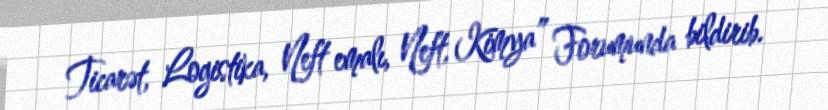
Ticarət, Logistika, Neft emalı, Neft, Kimya” Forumunda bildirib.